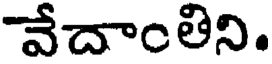
వేదాంతిని.